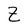
Character: Z